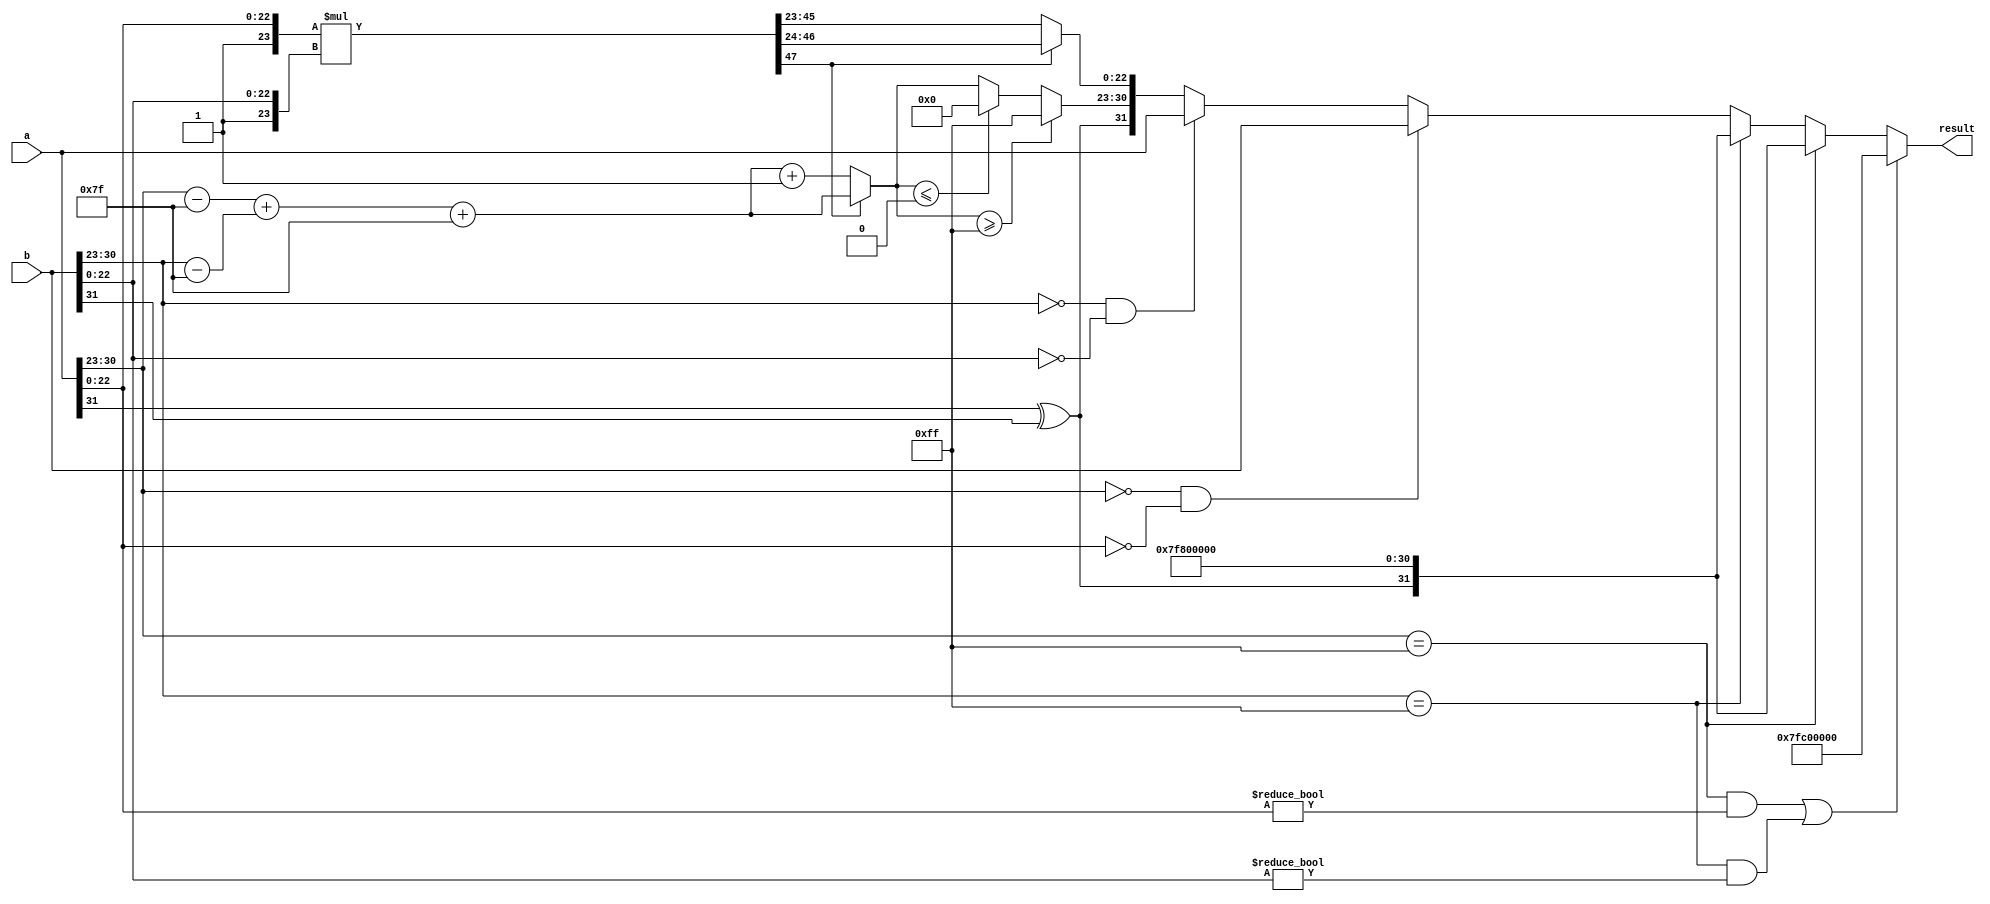
module fp_multiplier (
    input [31:0] a, // First floating-point input
    input [31:0] b, // Second floating-point input
    output reg [31:0] result // Resulting floating-point output
);

    // Constants
    localparam EXPONENT_BIAS = 127;
    localparam EXPONENT_MAX = 255;
    localparam MANTISSA_BITS = 23;

    // Internal signals
    wire sign_a = a[31];
    wire sign_b = b[31];
    wire [7:0] exp_a = a[30:23];
    wire [7:0] exp_b = b[30:23];
    wire [22:0] mant_a = a[22:0];
    wire [22:0] mant_b = b[22:0];

    wire [7:0] exp_a_adjusted = exp_a - EXPONENT_BIAS;
    wire [7:0] exp_b_adjusted = exp_b - EXPONENT_BIAS;

    wire [47:0] mant_a_normalized = {1'b1, mant_a}; // Implicit leading 1
    wire [47:0] mant_b_normalized = {1'b1, mant_b}; // Implicit leading 1
    wire [47:0] mant_product = mant_a_normalized * mant_b_normalized;

    reg [7:0] exp_result;
    reg [22:0] mant_result;
    reg sign_result;

    always @(*) begin
        // Default output
        result = 32'b0;

        // Handle special cases
        if ((exp_a == 8'b11111111 && mant_a != 0) || (exp_b == 8'b11111111 && mant_b != 0)) begin
            // NaN case
            result = 32'b01111111110000000000000000000000; // NaN
        end else if (exp_a == 8'b11111111) begin
            // a is infinity
            result = {sign_a ^ sign_b, 8'b11111111, 23'b0}; // Result is infinity
        end else if (exp_b == 8'b11111111) begin
            // b is infinity
            result = {sign_a ^ sign_b, 8'b11111111, 23'b0}; // Result is infinity
        end else if (exp_a == 8'b0 && mant_a == 0) begin
            // a is zero
            result = b; // Result is b
        end else if (exp_b == 8'b0 && mant_b == 0) begin
            // b is zero
            result = a; // Result is a
        end else begin
            // Normal multiplication
            sign_result = sign_a ^ sign_b; // Sign of the result
            exp_result = exp_a_adjusted + exp_b_adjusted + EXPONENT_BIAS; // Exponent calculation

            // Normalize mantissa
            if (mant_product[47]) begin
                mant_result = mant_product[46:24]; // No shift needed
            end else begin
                mant_result = mant_product[45:23]; // Shift right by 1
                exp_result = exp_result + 1; // Adjust exponent
            end

            // Clamp exponent
            if (exp_result >= EXPONENT_MAX) begin
                exp_result = EXPONENT_MAX; // Clamp to max
            end else if (exp_result <= 0) begin
                exp_result = 0; // Clamp to zero
            end

            // Assemble result
            result = {sign_result, exp_result, mant_result};
        end
    end
endmodule